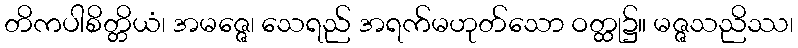
တိကပါစိတ္တိယံ၊ အမဇ္ဇေ၊ သေရည် အရက်မဟုတ်သော ဝတ္ထု၌။ မဇ္ဇသညိဿ၊